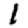
Digit: 1